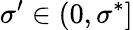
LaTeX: \sigma^{\prime}\in(0,\sigma^{*}]